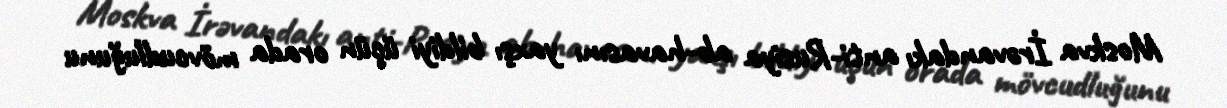
Moskva İrəvandakı anti-Rusiya ab-havasını yaxşı bildiyi üçün orada mövcudluğunu